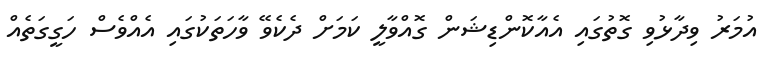
އުމަރު ވިދާޅުވި ގޮތުގައި އެއާކޮންޑިޝަން ގޮއްވާލީ ކަމަށް ދެކެވޭ ވާހަތަކުގައި އެއްވެސް ހަގީގަތެއް